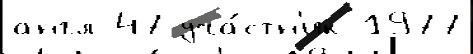
англ 47 уча́стн'ик 1977